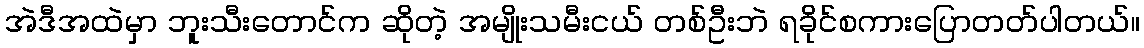
အဲဒီအထဲမှာ ဘူးသီးတောင်က ဆိုတဲ့ အမျိုးသမီးငယ် တစ်ဦးဘဲ ရခိုင်စကားပြောတတ်ပါတယ်။